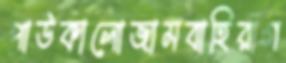
পাউকালোজামবাহিরাগ